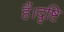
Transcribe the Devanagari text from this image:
हैं।दृष्टि